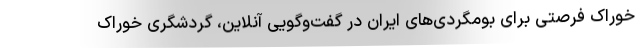
خوراک فرصتی برای بومگردی‌های ایران در گفت‌وگویی آنلاین، گردشگری خوراک